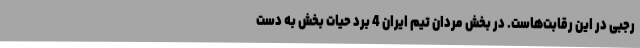
رجبی در این رقابت‌هاست. در بخش مردان تیم ایران 4 برد حیات بخش به دست